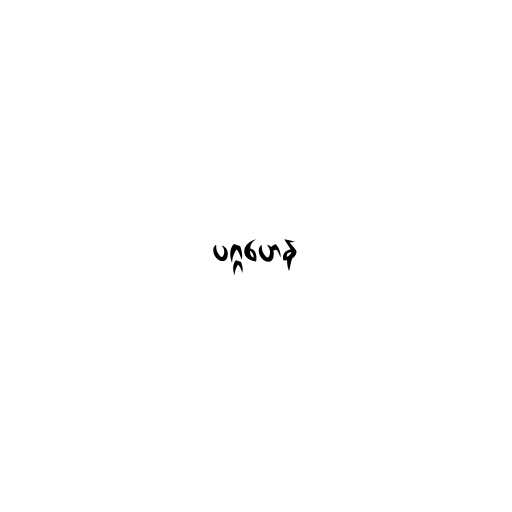
ပဂ္ဂဟေန